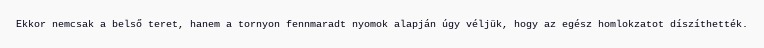
Ekkor nemcsak a belső teret, hanem a tornyon fennmaradt nyomok alapján úgy véljük, hogy az egész homlokzatot díszíthették.